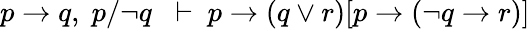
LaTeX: p\to q,\; p/\neg q\; \; \vdash\ p\to(q\lor r)[p\to(\neg q\to r)]